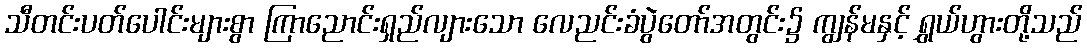
သီတင်းပတ်ပေါင်းများစွာ ကြာညောင်းရှည်လျားသော လေညင်းခံပွဲတော်အတွင်း၌ ကျွန်မနှင့် ရွှယ်ဟွားတို့သည်